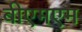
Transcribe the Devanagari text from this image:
बीएमएम